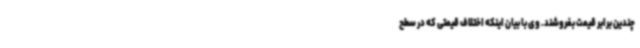
چندین برابر قیمت بفروشند. وی با بیان اینکه اختلاف قیمتی که در سطح